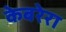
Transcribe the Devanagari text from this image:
केबरेरा